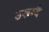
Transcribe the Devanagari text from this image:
उरूग्वै